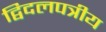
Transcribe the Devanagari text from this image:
द्विदलपत्रीय